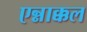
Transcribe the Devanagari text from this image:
एन्नाक्कल